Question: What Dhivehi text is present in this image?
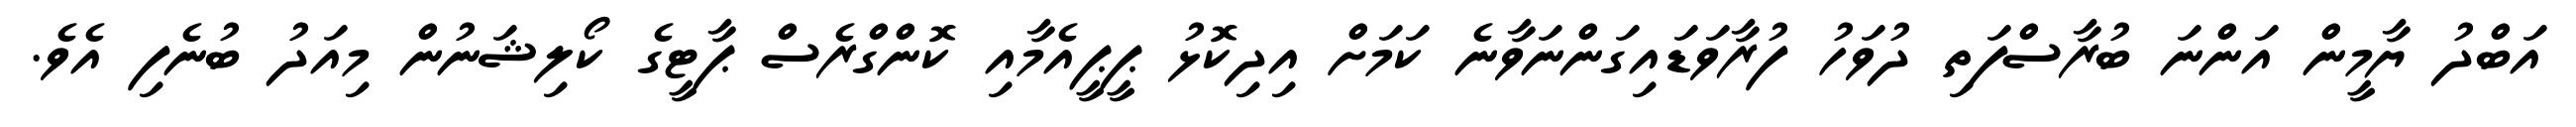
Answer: އަބްދު ޔާމީން އަންނަ ބުރާސްފަތި ދުވަހު ފުރާވަޑައިގަންނަވާނެ ކަމަށް އިދިކޮޅު ޕީޕީއެމާއި ކޮންގްރެސް ޕާޓީގެ ކޯލިޝަނުން މިއަދު ބުނެފި އެވެ.